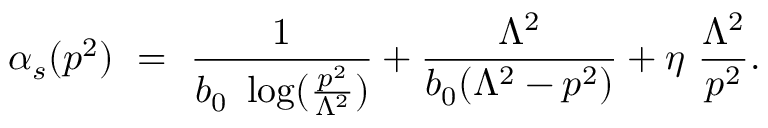
\alpha _ { s } ( p ^ { 2 } ) ~ = ~ { \frac { 1 } { b _ { 0 } \ \log ( \frac { p ^ { 2 } } { \Lambda ^ { 2 } } ) } } + { \frac { \Lambda ^ { 2 } } { b _ { 0 } ( \Lambda ^ { 2 } - p ^ { 2 } ) } } + \eta \ { \frac { \Lambda ^ { 2 } } { p ^ { 2 } } } .